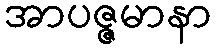
အာပဇ္ဇမာနာ